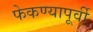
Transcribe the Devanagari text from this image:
फेकण्यापूर्वी